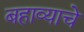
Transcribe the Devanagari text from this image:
बहाव्याचे